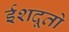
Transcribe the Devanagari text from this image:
ईशदूतो